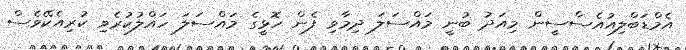
އެމްޑަބްލިއުއެސްސީން މިއަދު ބުނީ މައްސަލަ ދިމާވި ފެން ހޮޅީގެ މައްސަލަ ހައްލުކުރެވި ކުރިއެކޭވެސް